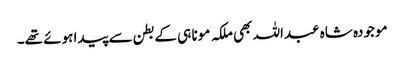
موجودہ شاہ عبداللہ بھی ملکہ مونا ہی کے بطن سے پیدا ہوئے تھے۔